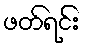
ဖတ်ရင်း